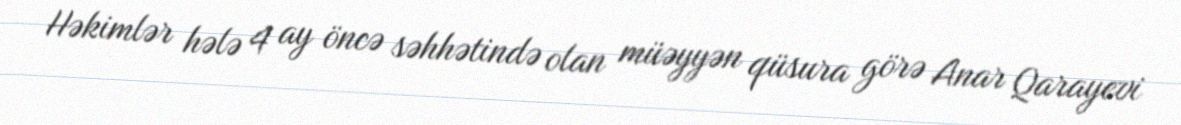
Həkimlər hələ 4 ay öncə səhhətində olan müəyyən qüsura görə Anar Qarayevi